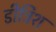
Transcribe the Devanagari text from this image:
डीट्रिश